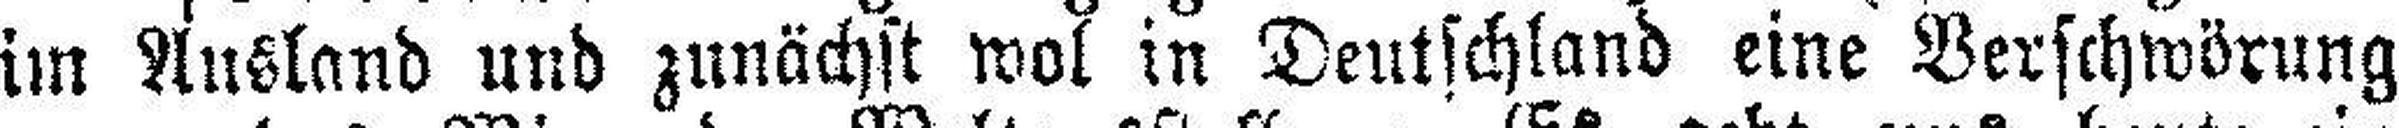
im Ausland und zunächst wol in Deutschland eine Verschwörung